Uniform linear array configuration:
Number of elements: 48
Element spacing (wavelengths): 0.25
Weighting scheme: hamming
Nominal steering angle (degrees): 45
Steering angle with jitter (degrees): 44.247
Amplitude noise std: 0.05
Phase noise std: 0.05

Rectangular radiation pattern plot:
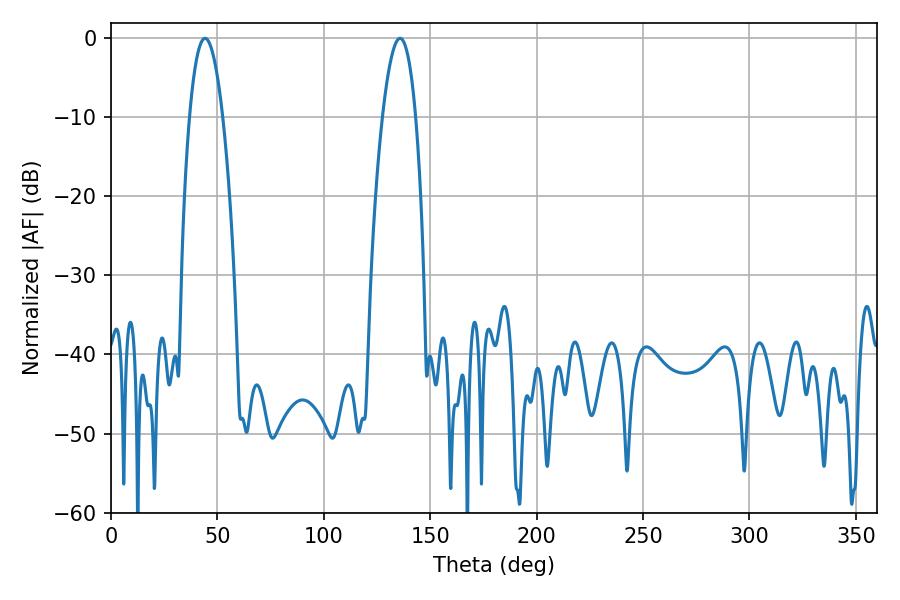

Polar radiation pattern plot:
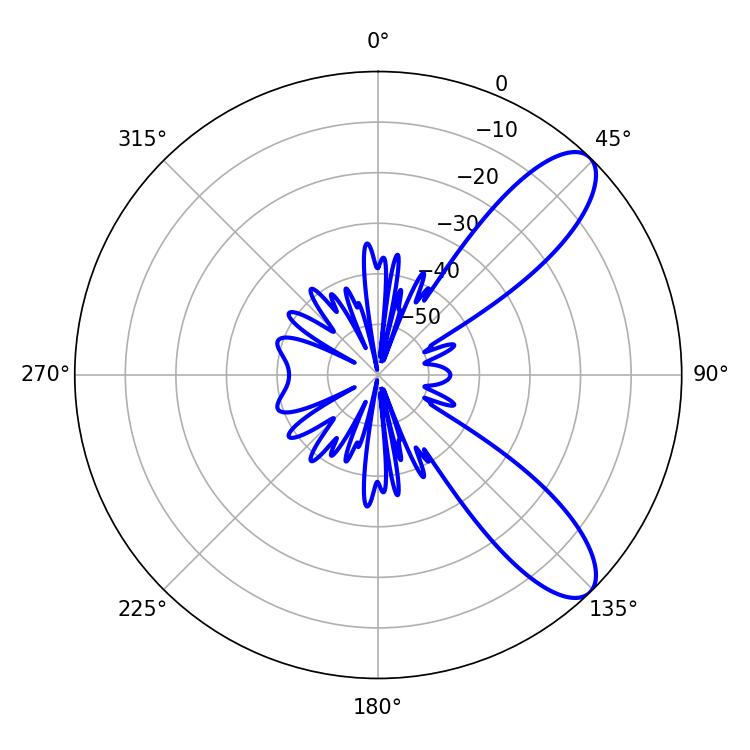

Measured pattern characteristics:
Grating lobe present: FALSE
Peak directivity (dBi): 9.474
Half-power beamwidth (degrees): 8.64
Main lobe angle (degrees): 44.1